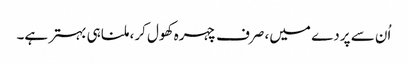
اُن سے پردے میں، صرف چہرہ کھول کر، ملنا ہی بہتر ہے۔